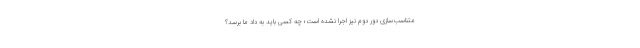
متناسب‌سازی دور دوم نیز اجرا نشده است؛ چه کسی باید به داد ما برسد؟